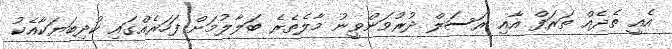
އެއީ ތެދެއް ތަރަފް އާއި ރަސަލް ދުރުވަންވީނު މާލެތެރެ ބަލާލުމަށް ފަހަރެއްގައި ކުދިބަޔަކާއެކު